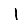
Digit: 1